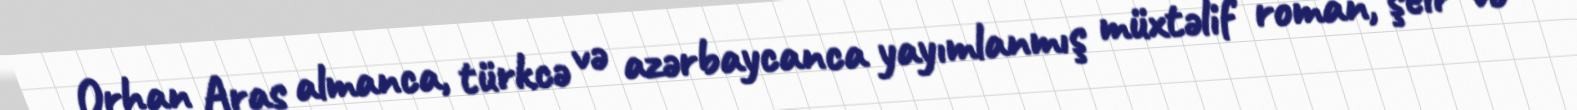
Orhan Aras almanca, türkcə və azərbaycanca yayımlanmış müxtəlif roman, şeir və